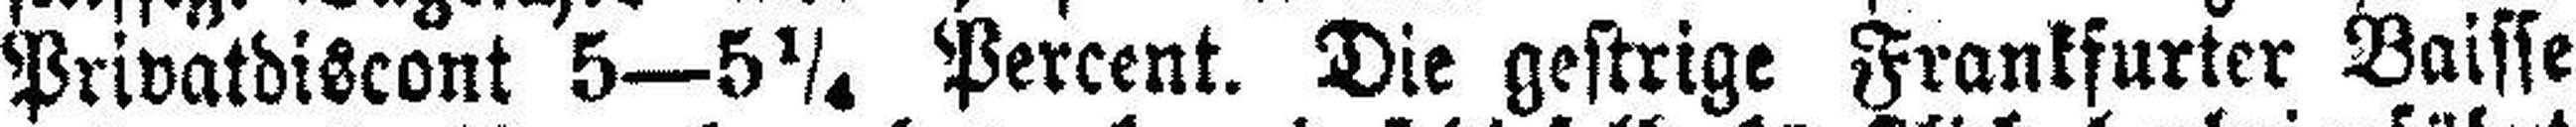
Privatdiscont 5—5¼ Percent. Die gestrige Frankfurter Baisse